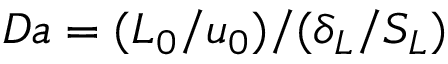
D a = ( L _ { 0 } / u _ { 0 } ) / ( \delta _ { L } / S _ { L } )